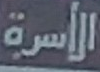
الأسرة